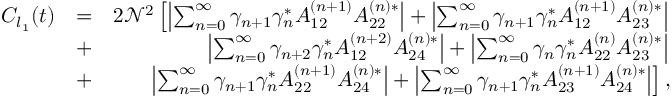
\begin{array} { r l r } { C _ { l _ { 1 } } ( t ) } & { = } & { 2 \mathcal { N } ^ { 2 } \left[ \left| \sum _ { n = 0 } ^ { \infty } \gamma _ { n + 1 } \gamma _ { n } ^ { * } A _ { 1 2 } ^ { \left( n + 1 \right) } A _ { 2 2 } ^ { \left( n \right) * } \right| + \left| \sum _ { n = 0 } ^ { \infty } \gamma _ { n + 1 } \gamma _ { n } ^ { * } A _ { 1 2 } ^ { \left( n + 1 \right) } A _ { 2 3 } ^ { \left( n \right) * } \right| \right. } \\ & { + } & { \left. \left| \sum _ { n = 0 } ^ { \infty } \gamma _ { n + 2 } \gamma _ { n } ^ { * } A _ { 1 2 } ^ { \left( n + 2 \right) } A _ { 2 4 } ^ { \left( n \right) * } \right| + \left| \sum _ { n = 0 } ^ { \infty } \gamma _ { n } \gamma _ { n } ^ { * } A _ { 2 2 } ^ { \left( n \right) } A _ { 2 3 } ^ { \left( n \right) * } \right| \right. } \\ & { + } & { \left. \left| \sum _ { n = 0 } ^ { \infty } \gamma _ { n + 1 } \gamma _ { n } ^ { * } A _ { 2 2 } ^ { \left( n + 1 \right) } A _ { 2 4 } ^ { \left( n \right) * } \right| + \left| \sum _ { n = 0 } ^ { \infty } \gamma _ { n + 1 } \gamma _ { n } ^ { * } A _ { 2 3 } ^ { \left( n + 1 \right) } A _ { 2 4 } ^ { \left( n \right) * } \right| \right] , } \end{array}